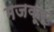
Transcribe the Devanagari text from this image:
मजकूर्